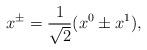
LaTeX: \begin{align*}x^{\pm} = \frac{1}{\sqrt{2}}(x^0 \pm x^1),\end{align*}